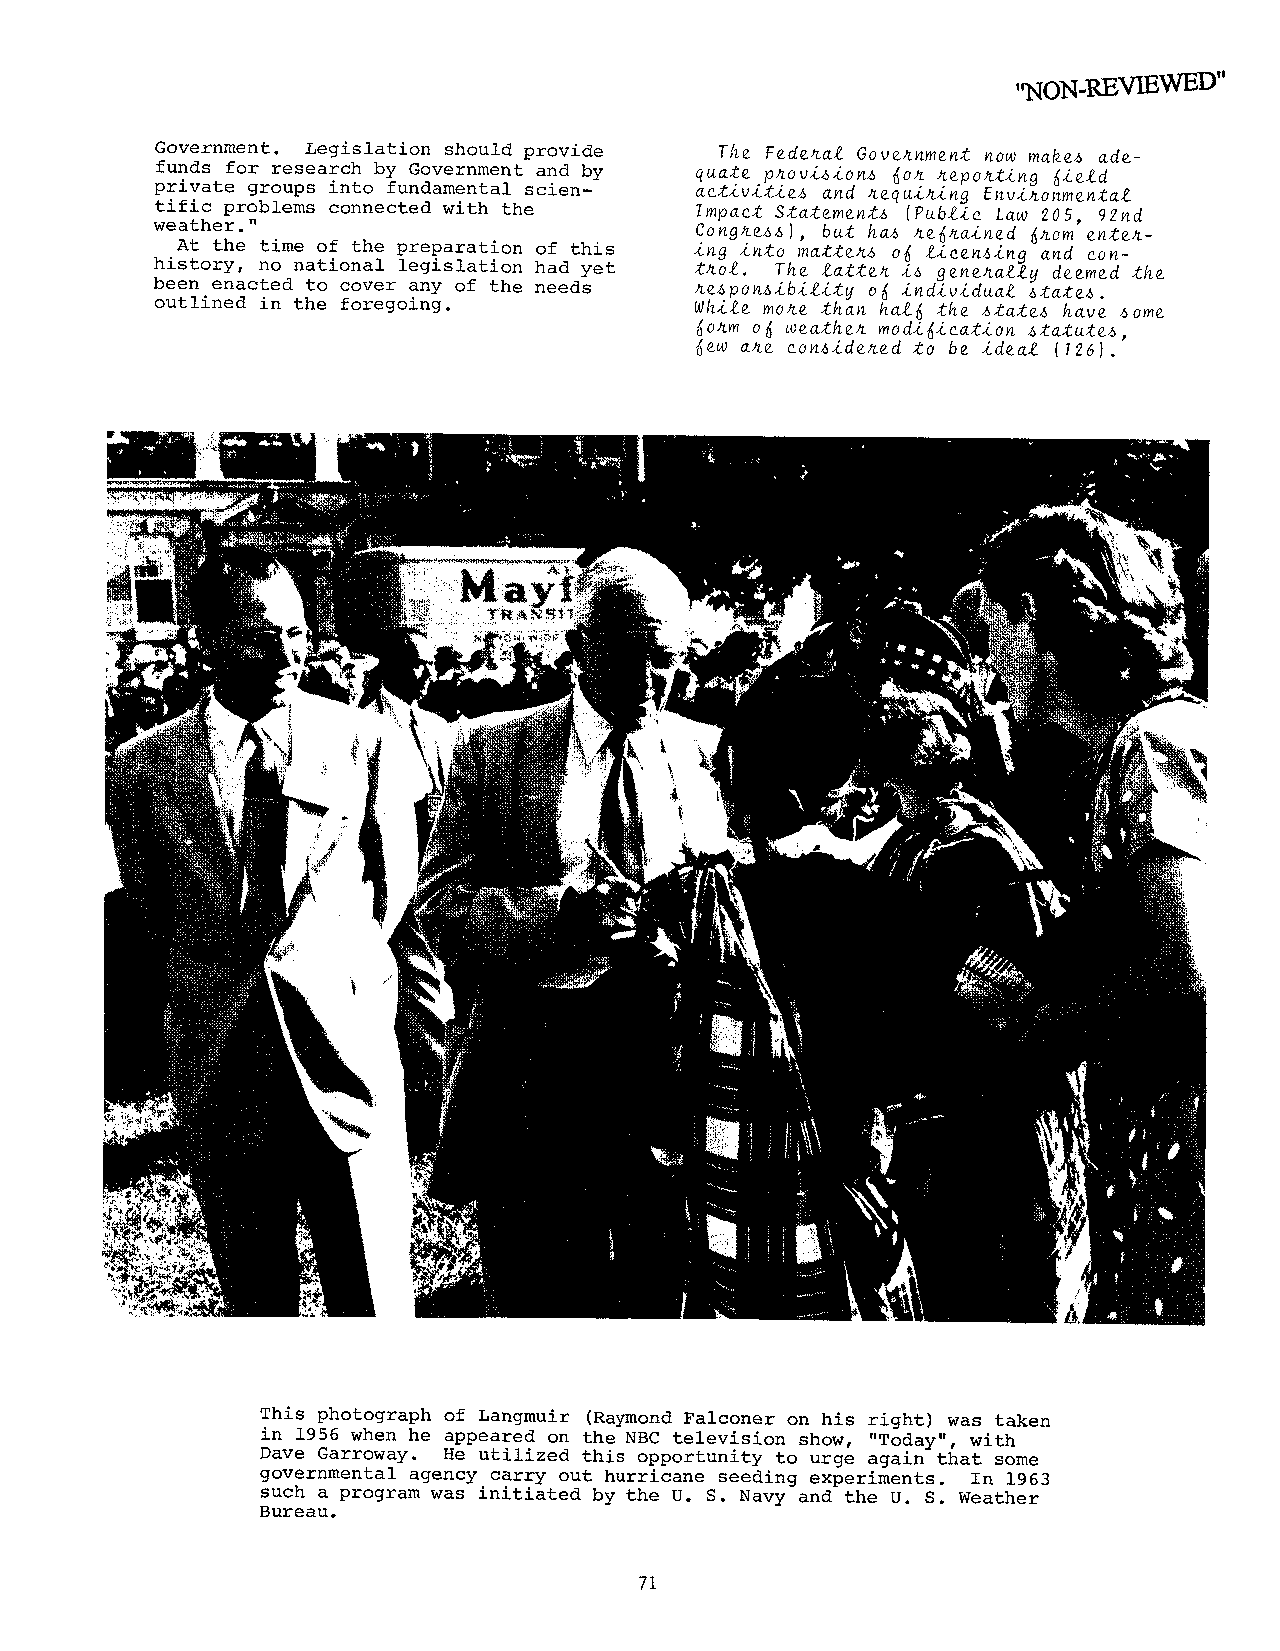
,,NON-REVIEWED"
 Government. Legislation should provide
 The Federal Government now makes ade-
 funds for research by Government and by
 quate provisions for reporting field
 private groups into fundamental scien-
 activities and requiring Environmental
 tific problems connected with the   Impact Statements (Public Law 205, 92nd
 weather."
 Congress), but has refrained from enter-
 At the time of the preparation of this
 ing into matters of licensing and con-
 history, no national legislation had yet
 trol. The latter is generally deemed the
 been enacted to cover any of the needs
 responsibility of individual states.
 outlined in the foregoing.
 While more than half the states have some
 form of weather modification statutes,
 few are considered to be ideal (126).
 This photograph of Langmuir (Raymond Falconer on his right) was taken
 in 1956 when he appeared on the NBC television show, "Today", with
 Dave Garroway. He utilized this opportunity to urge again that some
 governmental agency carry out hurricane seeding experiments. In 1963
 such a program was initiated by the U. S. Navy and the U. S. Weather
 Bureau.
 71